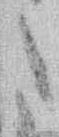
た